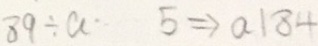
8 9 \div a 5 \Rightarrow a 1 8 4